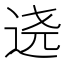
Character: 𰺷